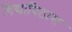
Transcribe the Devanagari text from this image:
विद्यापिठास